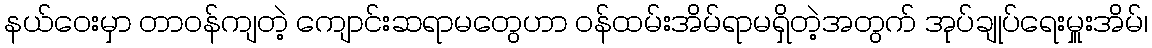
နယ်ဝေးမှာ တာဝန်ကျတဲ့ ကျောင်းဆရာမတွေဟာ ဝန်ထမ်းအိမ်ရာမရှိတဲ့အတွက် အုပ်ချုပ်ရေးမှူးအိမ်၊